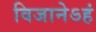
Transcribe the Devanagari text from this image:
विजानेऽहं